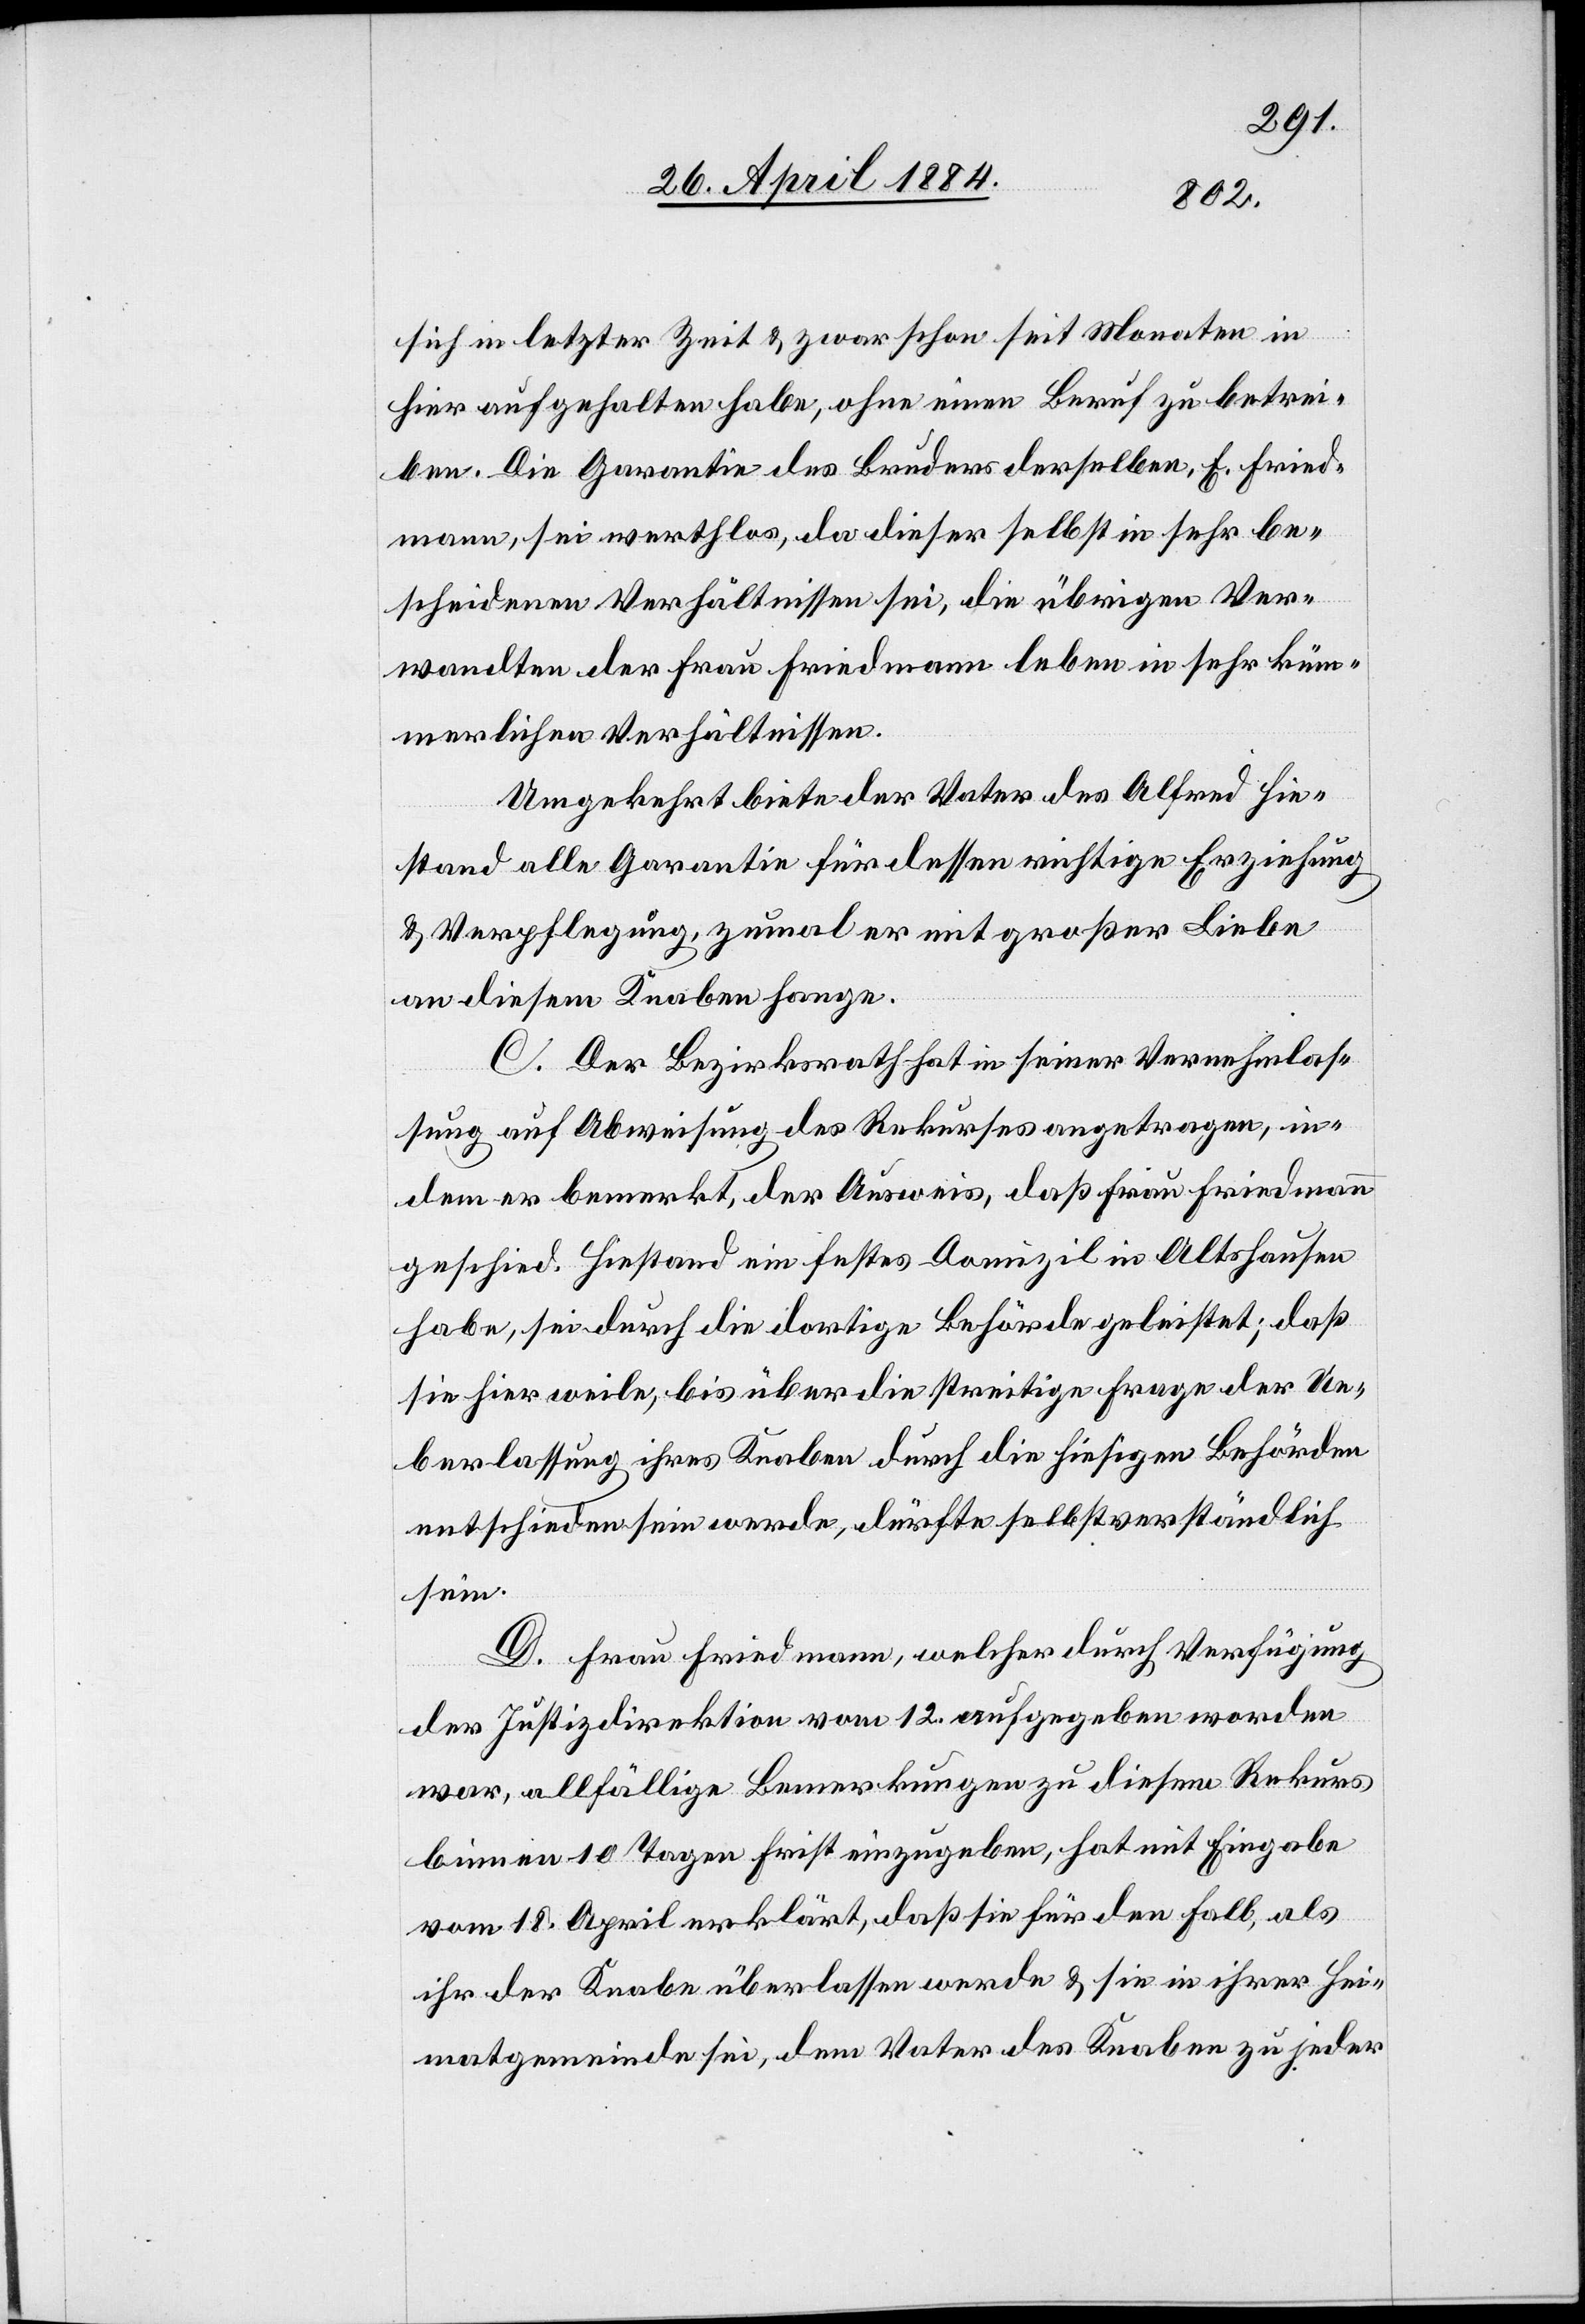
sich in letzter Zeit & zwar schon seit Monaten in
hier aufgehalten habe, ohne einen Beruf zu betrei¬
ben. Die Garantie des Bruders derselben, E. Fried¬
mann, sei werthlos, da dieser selbst in sehr be¬
scheidenen Verhältnissen sei, die übrigen Ver¬
wandten der Frau Friedmann leben in sehr küm¬
merlichen Verhältnissen.
Umgekehrt biete der Vater des Alfred Hie¬
stand alle Garantie für dessen richtige Erziehung
& Verpflegung, zumal er mit großer Liebe
an diesem Knaben hange.
C. Der Bezirksrath hat in seiner Vernehmlas¬
sung auf Abweisung des Rekurses angetragen, in
dem er bemerkt, der Ausweis, daß Frau Friedmann
geschied. Hiestand ein festes Domizil in Altshausen
habe, sei durch die dortige Behörde geleistet; daß
sie hier weile, bis über die streitige Frage der Ue¬
berlassung ihres Knaben durch die hiesigen Behörden
entschieden sein werde, dürfte selbstverständlich
sein.
D. Frau Friedmann, welcher durch Verfügung
der Justizdirektion vom 12. aufgegeben worden
war, allfällige Bemerkungen diesem Rekurs
binnen 10 Tagen Frist einzugeben, hat mit Eingabe
vom 18. April erklärt, daß sie für den Fall, als
ihr der Knabe überlassen werde & sie in ihrer Hei¬
matgemeinde sei, dem Vater des Knaben zu jeder